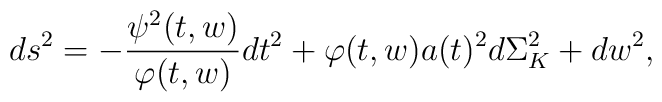
ds^2 = -\frac{\psi^2(t,w)}{\varphi(t,w)}dt^2 + 	\varphi(t,w)a(t)^2d\Sigma^2_K + dw^2,